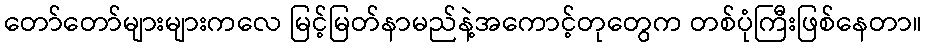
တော်တော်များများကလေ မြင့်မြတ်နာမည်နဲ့အကောင့်တုတွေက တစ်ပုံကြီးဖြစ်နေတာ။